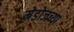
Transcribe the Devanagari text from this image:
मेडोजच्या